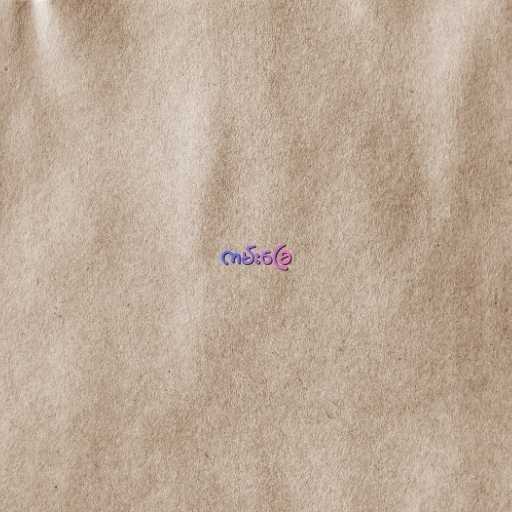
ကမ်းခြေ